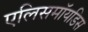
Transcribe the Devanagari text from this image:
एलिसमॉयडिस